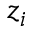
z _ { i }